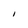
Character: I